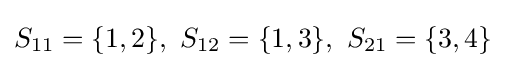
S_{11}=\{1,2\},~S_{12}=\{1,3\},~S_{21}=\{3,4\}